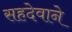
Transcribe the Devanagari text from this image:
सहदेवाने